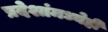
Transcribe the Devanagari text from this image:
प्रदेशांमध्येही